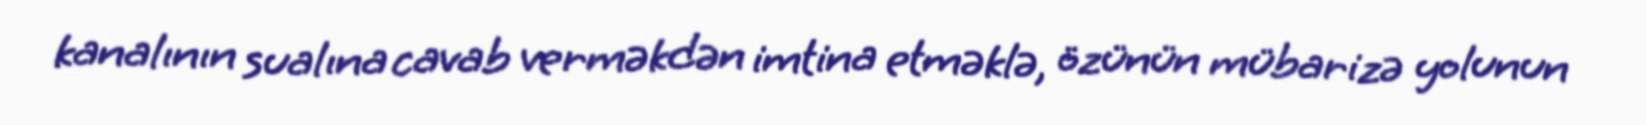
kanalının sualına cavab verməkdən imtina etməklə, özünün mübarizə yolunun